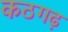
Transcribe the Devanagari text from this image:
कठगढ़